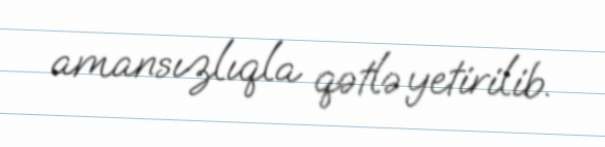
amansızlıqla qətlə yetirilib.